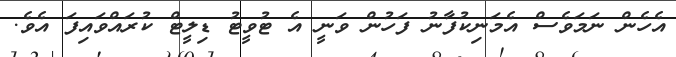
އެހެން ނަމަވެސް އެމަނިކުފާނު ފަހުން ވަނީ އެ ޓުވީޓު ޑިލީޓް ކުރައްވައިފަ އެވެ.